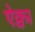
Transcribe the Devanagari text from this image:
ऐक्वा